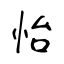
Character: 怡